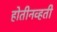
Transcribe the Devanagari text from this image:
होतीनव्हती